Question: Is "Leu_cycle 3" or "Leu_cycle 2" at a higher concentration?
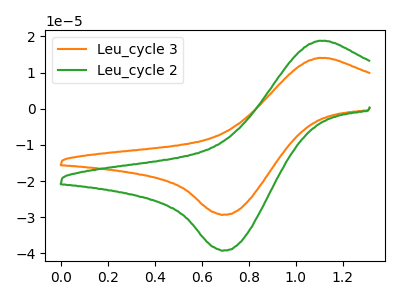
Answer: <think>The orange curve "Leu_cycle 3" has an anodic peak at (1.10V, 14.05uA) and a cathodic peak at (0.70V, -29.30uA). The green curve "Leu_cycle 2" has an anodic peak at (1.10V, 18.80uA) and a cathodic peak at (0.70V, -39.20uA).
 All the peaks in "Leu_cycle 3" have a peak in "Leu_cycle 2" at the same potential. Every peak in "Leu_cycle 3" is lower than every peak in "Leu_cycle 2".</think>
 <answer>"Leu_cycle 3" has less signal than "Leu_cycle 2" and so likely has a lower concentration.</answer>
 <eval>less_concentration</eval>